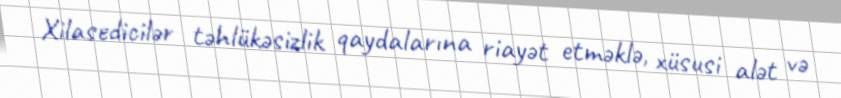
Xilasedicilər təhlükəsizlik qaydalarına riayət etməklə, xüsusi alət və